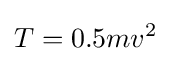
T=0.5mv^{2}